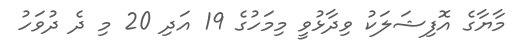
މާޔާގެ އޮފިޝަލަކު ވިދާޅުވީ މިމަހުގެ 19 އަދި 20 މި ދެ ދުވަހު